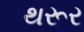
થરૂર